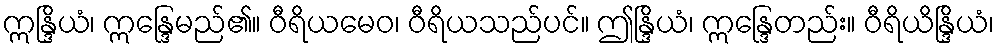
ဣန္ဒြိယံ၊ ဣန္ဒြေမည်၏။ ဝီရိယမေဝ၊ ဝီရိယသည်ပင်။ ဤန္ဒြိယံ၊ ဣန္ဒြေတည်း။ ဝီရိယိန္ဒြိယံ၊